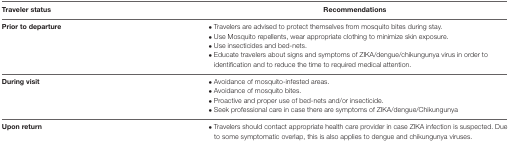
| Traveler status | Recommendations |
 | --- | --- |
 | Prior to departure | • Travelers are advised to protect themselves from mosquito bites during stay. |
 |  | • Use Mosquito repellents, wear appropriate clothing to minimize skin exposure. |
 |  | • Use insecticides and bed-nets. |
 |  | • Educate travelers about signs and symptoms of ZIKA/dengue/chikungunya virus in order to identification and to reduce the time to required medical attention. |
 | During visit | • Avoidance of mosquito-infested areas. |
 |  | • Avoidance of mosquito bites. |
 |  | • Proactive and proper use of bed-nets and/or insecticide. |
 |  | • Seek professional care in case there are symptoms of ZIKA/dengue/Chikungunya |
 | Upon return | • Travelers should contact appropriate health care provider in case ZIKA infection is suspected. Due to some symptomatic overlap, this is also applies to dengue and chikungunya viruses. |